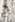
ح